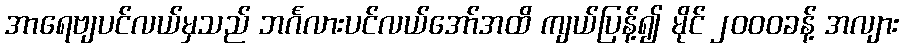
အာရေဗျပင်လယ်မှသည် ဘင်္ဂလားပင်လယ်အော်အထိ ကျယ်ပြန့်၍ မိုင် ၂၀၀၀ခန့် အလျား